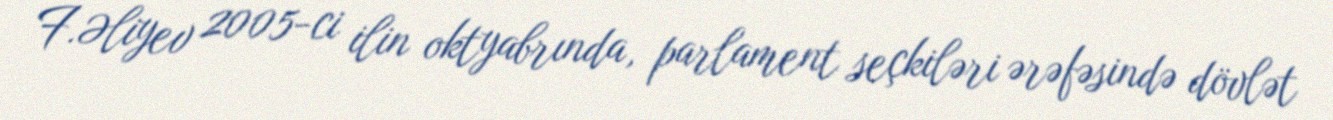
F.Əliyev 2005-ci ilin oktyabrında, parlament seçkiləri ərəfəsində dövlət